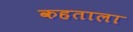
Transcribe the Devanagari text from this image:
कहताला